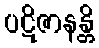
ပဋိဇာနန္တိ